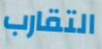
التقارب